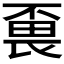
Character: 𱰸